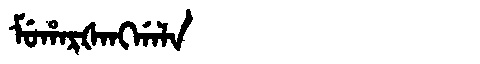
Manchu: ᠮᡠᡥᠠᡵᡧᠠᠩᡤᠠᠯᠠ
Romanization: MUHARŠANGGALA